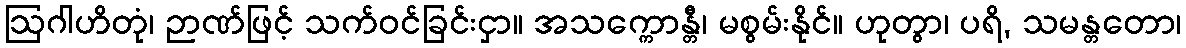
ဩဂါဟိတုံ၊ ဉာဏ်ဖြင့် သက်ဝင်ခြင်းငှာ။ အသက္ကောန္တီ၊ မစွမ်းနိုင်။ ဟုတွာ၊ ပရိ, သမန္တတော၊